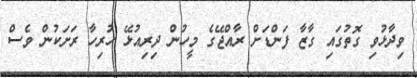
ވިދާޅުވި ގޮތުގައި ގާޒާ ފަންޑަށް ރާއްޖޭގެ މީހުން ދިރިއުޅޭ ހުރިހާ ރަށަކުން ވެސް